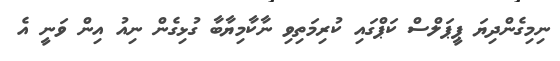
ނިމިގެންދިޔަ ޕީޕަލްސް ކަޕްގައި ކުރިމަތިިވި ނާކާމިޔާބާ ގުޅިގެން ނިއު އިން ވަނީ އެ